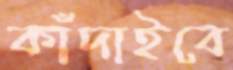
কাঁদাইবে